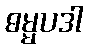
ဓမ္မပဒါ